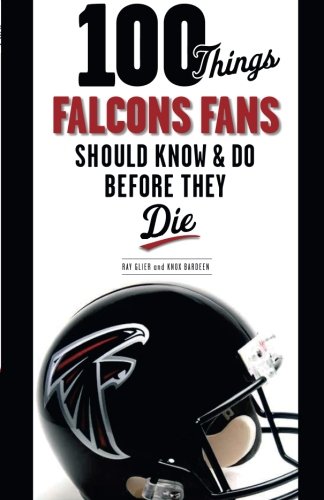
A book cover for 100 Things Falcons Fans Should Know & Do Before They Die (100 Things...Fans Should Know); Ray Glier; Travel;